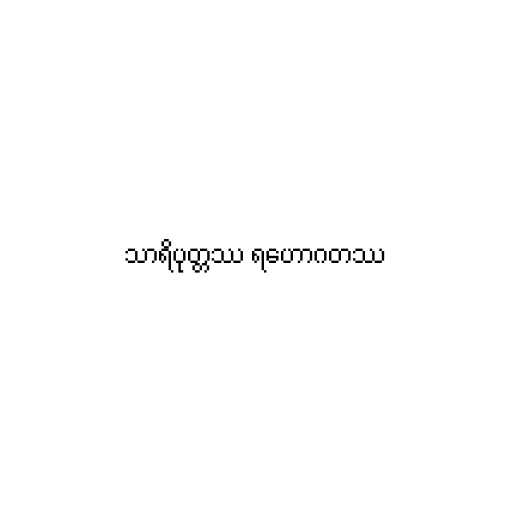
သာရိပုတ္တဿ ရဟောဂတဿ